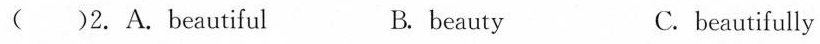
( )2.A.Beautiful B. beauty C. beautifully